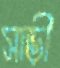
সাড়ী